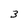
Character: 3